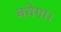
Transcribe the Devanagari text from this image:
बचेगा।